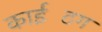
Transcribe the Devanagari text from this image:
काईटिंग